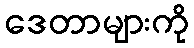
ဒေတာများကို